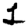
Digit: 1